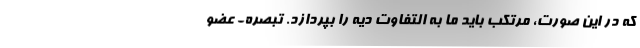
که در این صورت، مرتکب باید ما به التفاوت دیه را بپردازد. تبصره- عضو